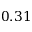
0 . 3 1